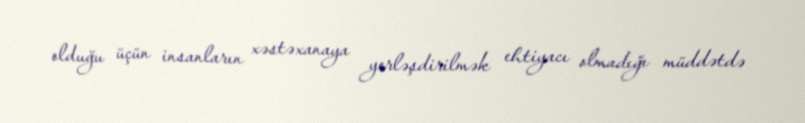
olduğu üçün insanların xəstəxanaya yerləşdirilmək ehtiyacı olmadığı müddətdə